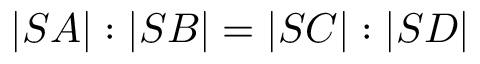
| S A | : | S B | = | S C | : | S D |